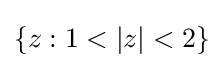
\{z:1<|z|<2\}